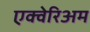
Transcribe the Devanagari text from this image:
एक्वेरिअम